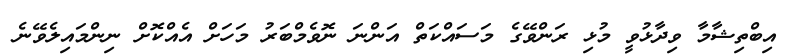
އިބްތިޝާމާ ވިދާޅުވީ މުޅި ރަންވޭގެ މަސައްކަތް އަންނަ ނޮވެމްބަރު މަހަށް އެއްކޮށް ނިންމައިލެވޭނެ